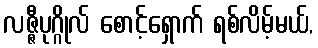
လဇ္ဇီပုဂ္ဂိုလ် စောင့်ရှောက် ရစ်လိမ့်မယ်,